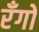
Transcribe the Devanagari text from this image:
रँगों